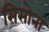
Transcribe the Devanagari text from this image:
सिसोना